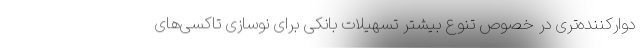
دوارکننده‌تری در خصوص تنوع بیشتر تسهیلات بانکی برای نوسازی تاکسی‌های